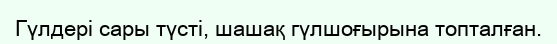
Гүлдері сары түсті, шашақ гүлшоғырына топталған.